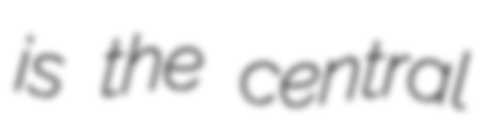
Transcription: is the central